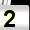
Digit: 2